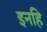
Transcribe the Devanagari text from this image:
इनहि